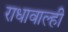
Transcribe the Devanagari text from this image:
राधावाल्ही